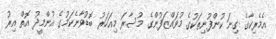
އެމެރިކާގެ ގިނަ ކުންފުނިތަކުގެ މުވައްޒަފުންގެ މުސާރަ މިއަހަރު ބޮޑުވާނެކަމުގެ އުންމީދު އޮތް އިރު